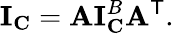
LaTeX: \mathbf{I}_{\mathbf{C}}=\mathbf{A}\mathbf{I}_{\mathbf{C}}^{B}\mathbf{A}^{\mathsf{T}}.